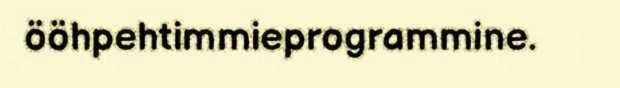
ööhpehtimmieprogrammine.